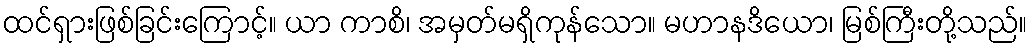
ထင်ရှားဖြစ်ခြင်းကြောင့်။ ယာ ကာစိ၊ အမှတ်မရှိကုန်သော။ မဟာနဒိယော၊ မြစ်ကြီးတို့သည်။